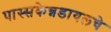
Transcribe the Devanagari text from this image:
पास्सकेन्नडायलचे